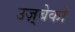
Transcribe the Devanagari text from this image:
उज़्बेको